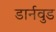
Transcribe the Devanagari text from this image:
डार्नवुड